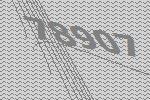
78907